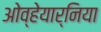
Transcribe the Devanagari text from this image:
ओव्हेयार्निया